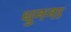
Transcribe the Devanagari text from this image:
धुनना